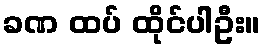
ခဏ ထပ် ထိုင်ပါဦး။